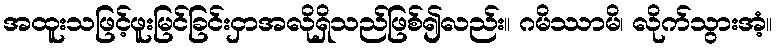
အထူးသဖြင့်ဖူးမြင်ခြင်းငှာအလိုရှိသည်ဖြစ်၍လည်း။ ဂမိဿာမိ၊ လိုက်သွားအံ့။